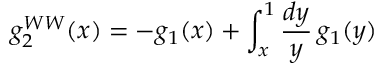
g _ { 2 } ^ { W W } ( x ) = - g _ { 1 } ( x ) + \int _ { x } ^ { 1 } \frac { d y } { y } \, g _ { 1 } ( y )